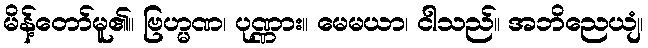
မိန့်တော်မူ၏။ ဗြဟ္မဏ၊ ပုဏ္ဏား။ မေမယာ၊ ငါသည်။ အဘိညေယျံ၊